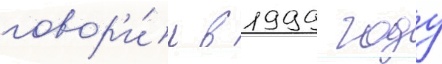
говор'и́л в 1999 году